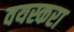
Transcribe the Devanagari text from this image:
वयस्करा